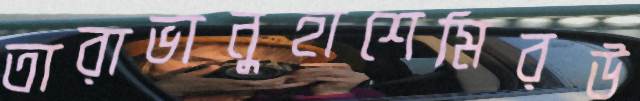
তারাভানুহাশেমিরউ